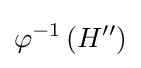
\varphi ^{-1}\left(H''\right)